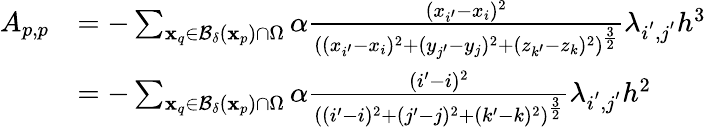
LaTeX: \begin{array}{rl}{A_{p,p}}&{=-\sum_{\mathbf{x}_{q}\in\mathcal{B}_{\delta}(\mathbf{x}_{p})\cap\Omega}\alpha\frac{(x_{i^{\prime}}-x_{i})^{2}}{((x_{i^{\prime}}-x_{i})^{2}+(y_{j^{\prime}}-y_{j})^{2}+(z_{k^{\prime}}-z_{k})^{2})^{\frac{3}{2}}}\lambda_{i^{'},j^{'}}h^{3}}\\ &{=-\sum_{\mathbf{x}_{q}\in\mathcal{B}_{\delta}(\mathbf{x}_{p})\cap\Omega}\alpha\frac{(i^{\prime}-i)^{2}}{((i^{\prime}-i)^{2}+(j^{\prime}-j)^{2}+(k^{\prime}-k)^{2})^{\frac{3}{2}}}\lambda_{i^{'},j^{'}}h^{2}}\end{array}